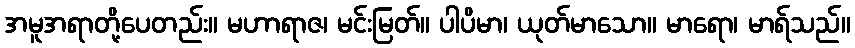
အမူအရာတို့ပေတည်း။ မဟာရာဇ၊ မင်းမြတ်။ ပါပိမာ၊ ယုတ်မာသော။ မာရော၊ မာရ်သည်။